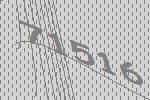
71516